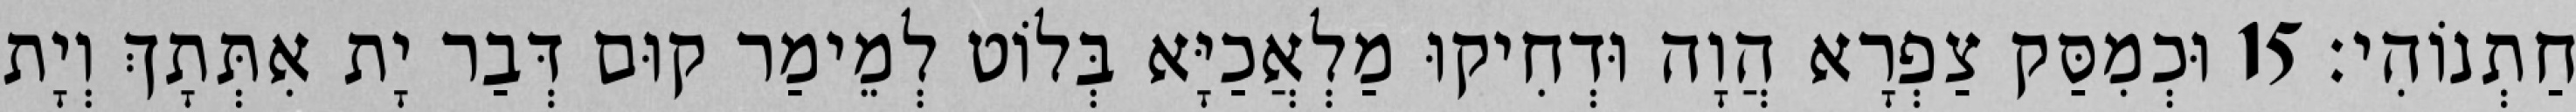
חַתְנוֹהִי׃ 15 וּכְמִסַּק צַפְרָא הֲוָה וּדְחִיקוּ מַלְאֲכַיָּא בְּלוֹט לְמֵימַר קוּם דְּבַר יָת אִתְּתָךְ וְיָת